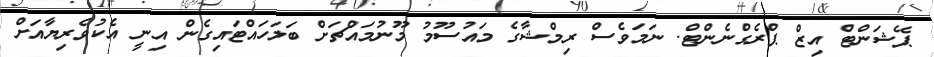
ޕޭޝަންޓް އިޒް ޕްރެގްނެންޓް. ނަމަވެސް ރިމްޝާގެ މައުސޫމު މޫނުމައްޗަށް ބަލަހައްޓައިގެން އިނީ އެކުވެރިިޔާއަށް